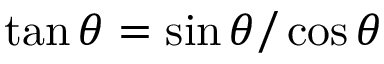
\tan \theta = \sin \theta { \Big / } \cos \theta